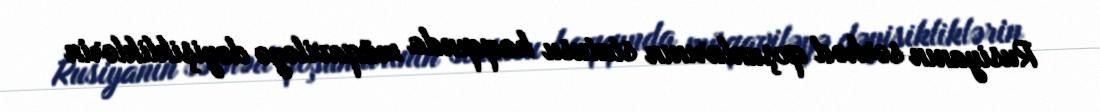
Rusiyanın sərhəd qoşunlarının statusu haqqında müqaviləyə dəyişikliklərin